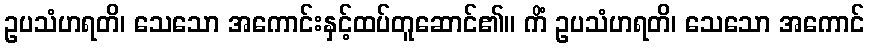
ဥပသံဟရတိ၊ သေသော အကောင်းနှင့်ထပ်တူဆောင်၏။ ကိံ ဥပသံဟရတိ၊ သေသော အကောင်